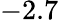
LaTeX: -2.7